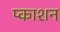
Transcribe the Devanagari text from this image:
प्काशन